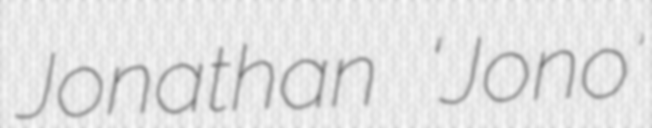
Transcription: Jonathan ‘Jono’